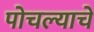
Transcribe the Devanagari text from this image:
पोचल्याचे